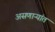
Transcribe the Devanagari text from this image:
असणाऱ्यांत